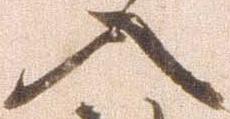
入